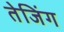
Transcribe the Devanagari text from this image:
तेजिंग